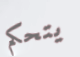
يتحكم